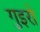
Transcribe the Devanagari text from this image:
गुइरो